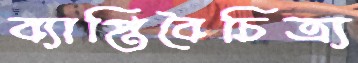
ব্যাপ্তিবৈচিত্র্য